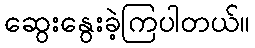
ဆွေးနွေးခဲ့ကြပါတယ်။